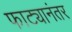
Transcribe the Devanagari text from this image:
फाट्यानंतर